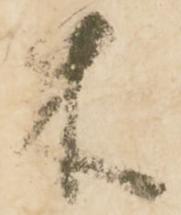
来